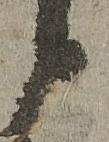
候